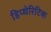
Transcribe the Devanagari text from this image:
डिप्थेरिटिक